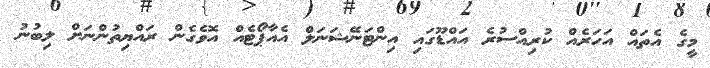
މީގެ އެތައް އަހަރެއް ކުރިއްސުރެ އައްޑޫގައި އިންޓަނޭޝަނަލް އެއާޕޯޓެއް އޮވެގެން ރައްޔިތުންނަށް ލިބުނު